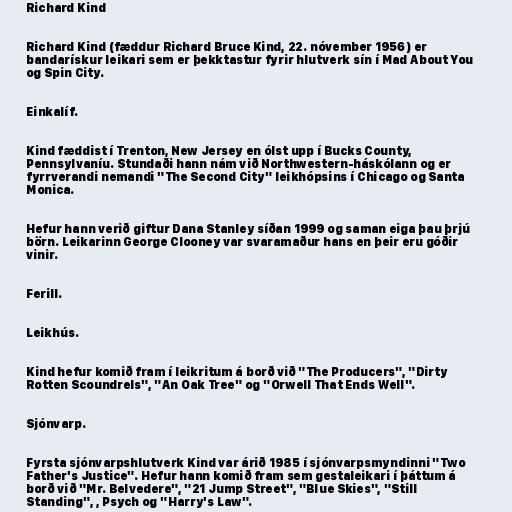
Richard Kind

Richard Kind (fæddur Richard Bruce Kind, 22. nóvember 1956) er
bandarískur leikari sem er þekktastur fyrir hlutverk sín í Mad About You
og Spin City.

Einkalíf.

Kind fæddist í Trenton, New Jersey en ólst upp í Bucks County,
Pennsylvaníu. Stundaði hann nám við Northwestern-háskólann og er
fyrrverandi nemandi "The Second City" leikhópsins í Chicago og Santa
Monica.

Hefur hann verið giftur Dana Stanley síðan 1999 og saman eiga þau þrjú
börn. Leikarinn George Clooney var svaramaður hans en þeir eru góðir
vinir.

Ferill.

Leikhús.

Kind hefur komið fram í leikritum á borð við "The Producers", "Dirty
Rotten Scoundrels", "An Oak Tree" og "Orwell That Ends Well".

Sjónvarp.

Fyrsta sjónvarpshlutverk Kind var árið 1985 í sjónvarpsmyndinni "Two
Father's Justice". Hefur hann komið fram sem gestaleikari í þáttum á
borð við "Mr. Belvedere", "21 Jump Street", "Blue Skies", "Still
Standing", , Psych og "Harry's Law".